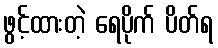
ဖွင့်ထားတဲ့ ရေပိုက် ပိတ်ရ